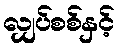
လျှပ်စစ်နှင့်